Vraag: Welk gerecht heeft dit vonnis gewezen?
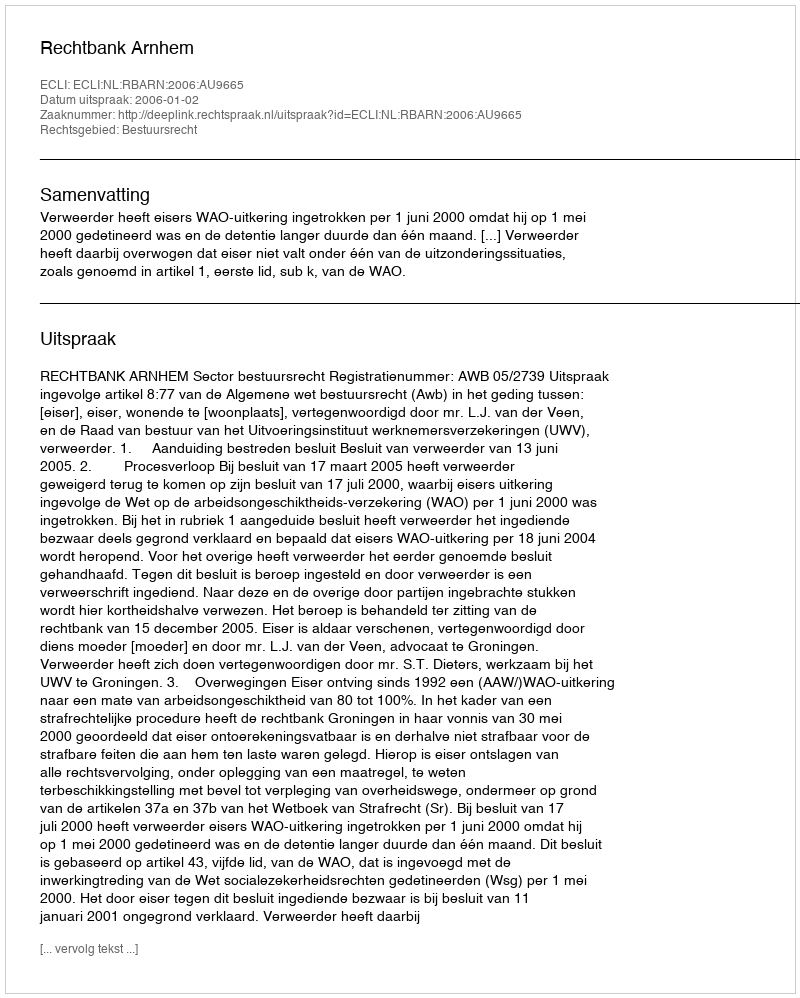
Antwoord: Rechtbank Arnhem